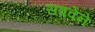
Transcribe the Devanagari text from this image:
सबवेने